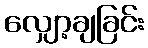
လျှော့ချခြင်း